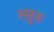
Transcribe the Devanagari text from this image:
त्सुरु